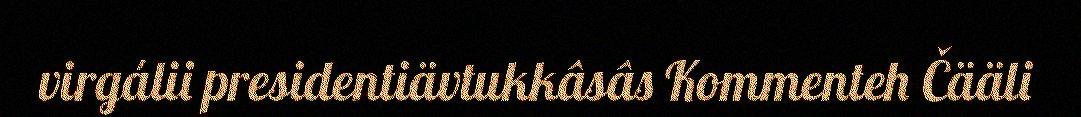
virgálii presidentiävtukkâsâs Kommenteh Čääli